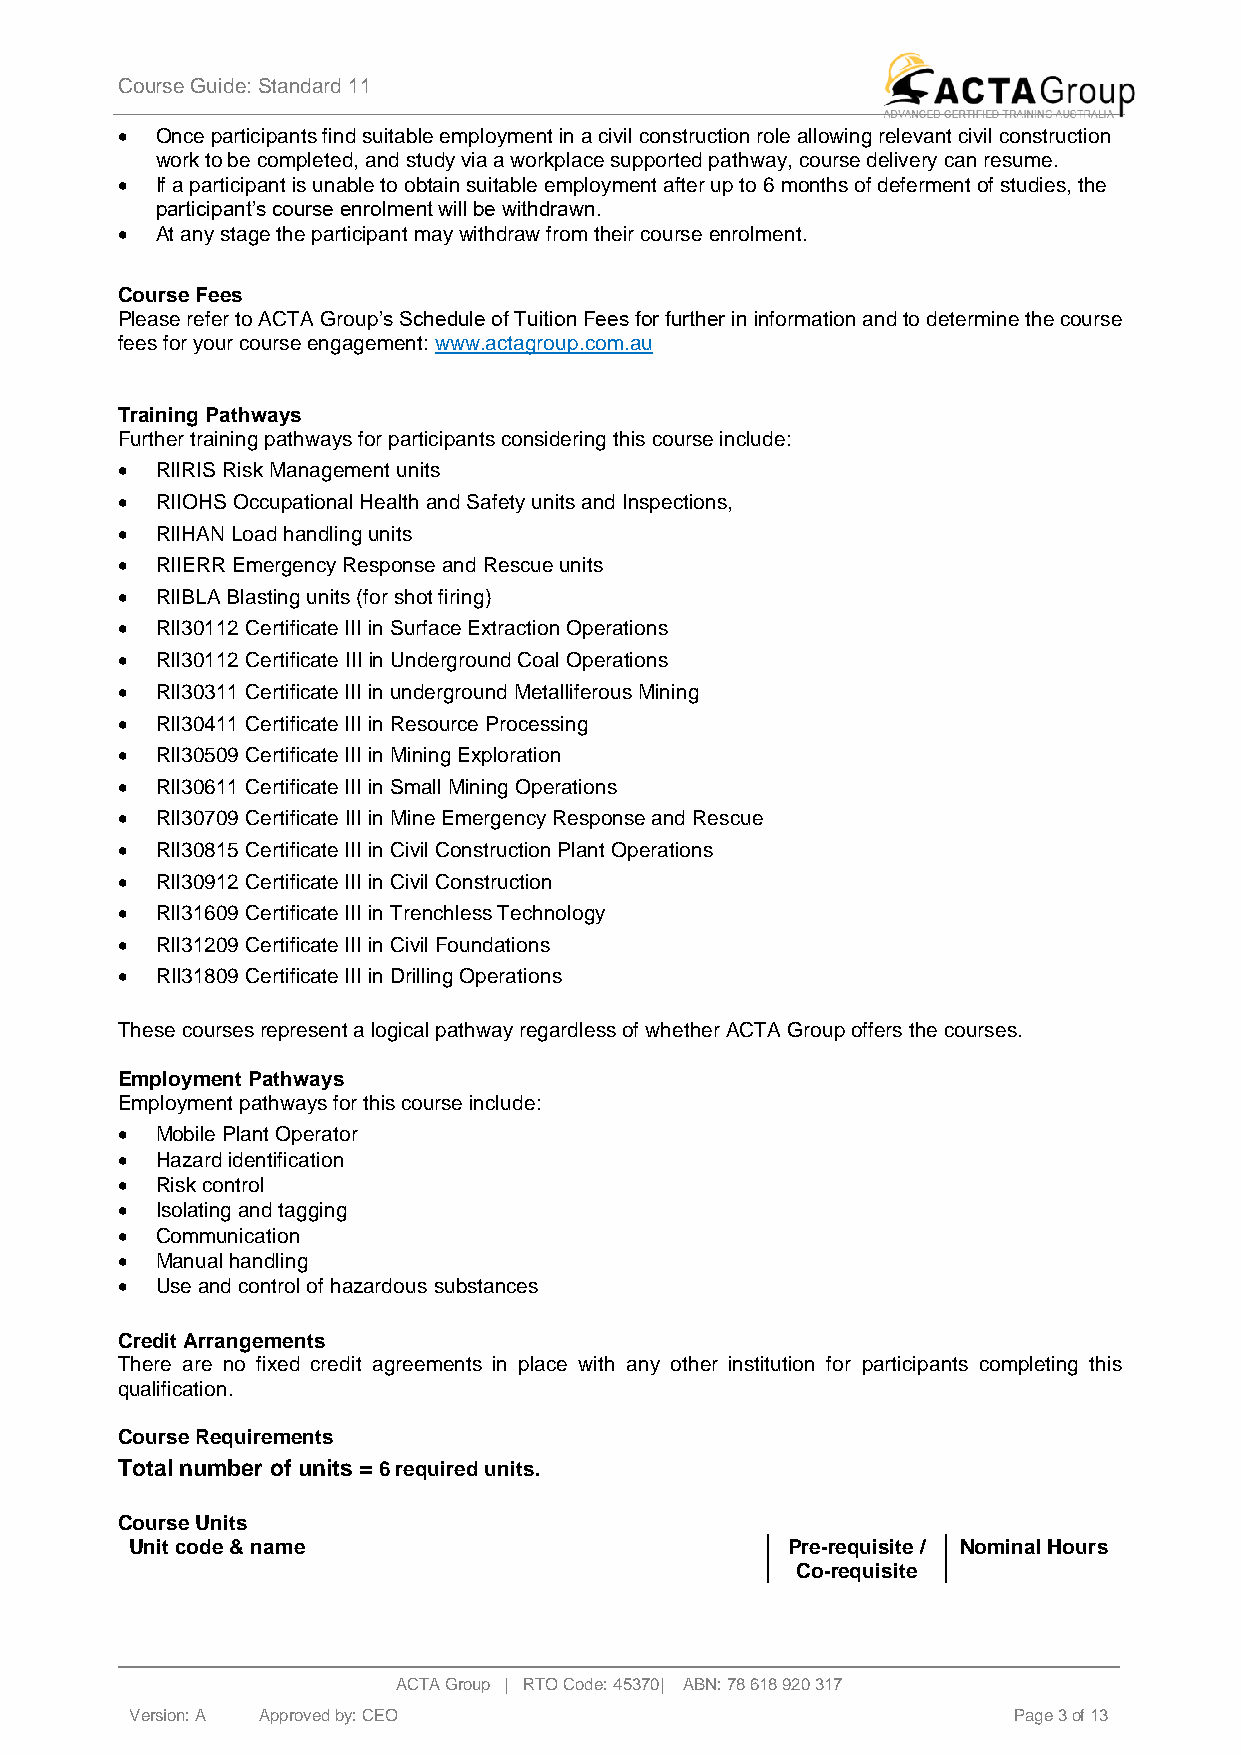
Course Guide: Standard 11
 • Once participants find suitable employment in a civil construction role allowing relevant civil construction
 work to be completed, and study via a workplace supported pathway, course delivery can resume.
 • If a participant is unable to obtain suitable employment after up to 6 months of deferment of studies, the
 participant’s course enrolment will be withdrawn.
 • At any stage the participant may withdraw from their course enrolment.
 Course Fees
 Please refer to ACTA Group’s Schedule of Tuition Fees for further in information and to determine the course
 fees for your course engagement: www.actagroup.com.au
 Training Pathways
 Further training pathways for participants considering this course include:
 • RIIRIS Risk Management units
 • RIIOHS Occupational Health and Safety units and Inspections,
 • RIIHAN Load handling units
 • RIIERR Emergency Response and Rescue units
 • RIIBLA Blasting units (for shot firing)
 • RII30112 Certificate III in Surface Extraction Operations
 • RII30112 Certificate III in Underground Coal Operations
 • RII30311 Certificate III in underground Metalliferous Mining
 • RII30411 Certificate III in Resource Processing
 • RII30509 Certificate III in Mining Exploration
 • RII30611 Certificate III in Small Mining Operations
 • RII30709 Certificate III in Mine Emergency Response and Rescue
 • RII30815 Certificate III in Civil Construction Plant Operations
 • RII30912 Certificate III in Civil Construction
 • RII31609 Certificate III in Trenchless Technology
 • RII31209 Certificate III in Civil Foundations
 • RII31809 Certificate III in Drilling Operations
 These courses represent a logical pathway regardless of whether ACTA Group offers the courses.
 Employment Pathways
 Employment pathways for this course include:
 • Mobile Plant Operator
 • Hazard identification
 • Risk control
 • Isolating and tagging
 • Communication
 • Manual handling
 • Use and control of hazardous substances
 Credit Arrangements
 There are no fixed credit agreements in place with any other institution for participants completing this
 qualification.
 Course Requirements
 Total number of units = 6 required units.
 Course Units
 Unit code & name                           Pre-requisite / Nominal Hours
 Co-requisite
 ACTA Group | RTO Code: 45370| ABN: 78 618 920 317
 Version: A A p p roved by: CEO                            Page 3 of 13